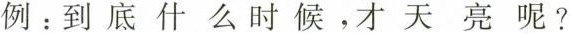
例：到底什么时候，才天亮呢？